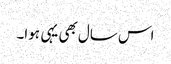
اس سال بھی یہی ہوا۔